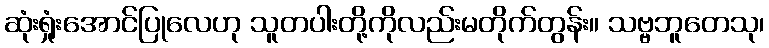
ဆုံးရှုံးအောင်ပြုလေဟု သူတပါးတို့ကိုလည်းမတိုက်တွန်း။ သဗ္ဗဘူတေသု၊